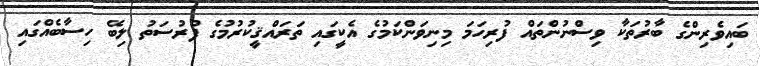
ބައިވެރިންގެ ބާރުތަކާ ވިސްނުންތައް ފުރިހަމަ މިނިވަންކަމުގެ އެކީގައި ތަރައްޤީކުރުމުގެ ފުރުސަތު ލިބޭ ހިސާބެއްގައި